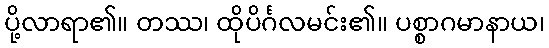
ပို့လာရာ၏။ တဿ၊ ထိုပိင်္ဂလမင်း၏။ ပစ္စာဂမာနာယ၊